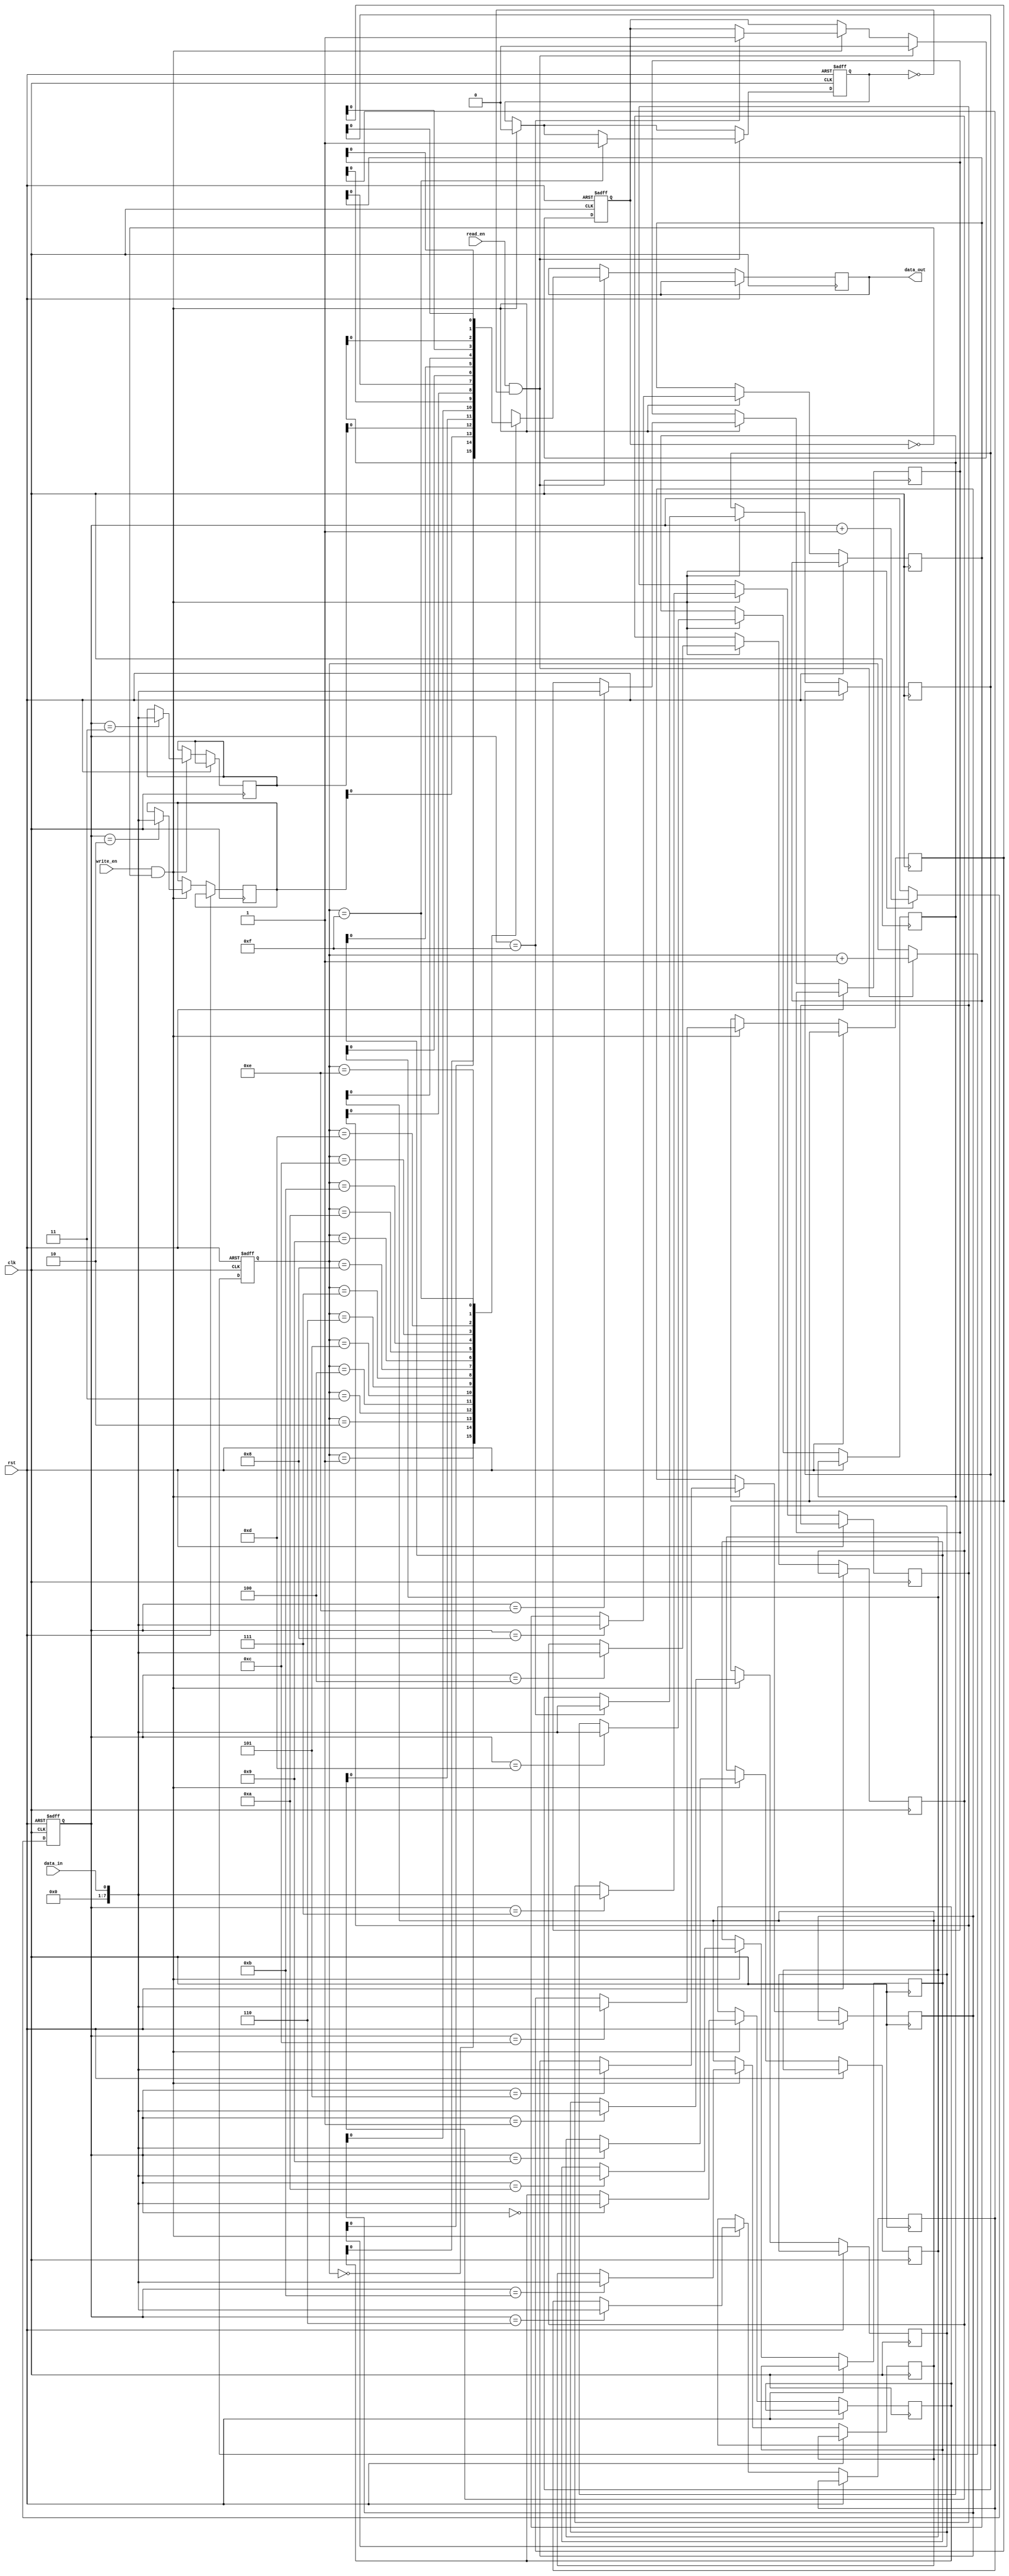
module Asynchronous_FIFO (
    input wire clk,
    input wire rst,
    input wire write_en,
    input wire read_en,
    input wire data_in,
    output reg data_out
);

parameter FIFO_DEPTH = 16;

reg [7:0] fifo [0:FIFO_DEPTH-1];
reg [3:0] write_ptr;
reg [3:0] read_ptr;

reg full = 0;
reg empty = 1;

always @ (posedge clk or posedge rst) begin
    if (rst) begin
        write_ptr <= 0;
        read_ptr <= 0;
        full <= 0;
        empty <= 1;
    end else begin
        if (write_en && !full) begin
            fifo[write_ptr] <= data_in;
            write_ptr <= write_ptr + 1;
            if (write_ptr == FIFO_DEPTH - 1) begin
                full <= 1;
            end
            empty <= 0;
        end

        if (read_en && !empty) begin
            data_out <= fifo[read_ptr];
            read_ptr <= read_ptr + 1;
            if (read_ptr == FIFO_DEPTH - 1) begin
                empty <= 1;
            end
            full <= 0;
        end
    end
end

endmodule